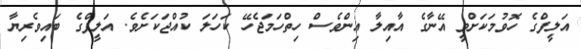
އަލީފްގެ ހޮވުމަކަށްވީ އޭނާގެ އާއިލާ އިންވެސް ހިތްހަމަޖެހޭ ކަހަލަ ކުއްޖަކަށެވެ. އަލީފްގެ ބައިވެރިޔާ